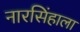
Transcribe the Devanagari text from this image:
नारसिंहाला